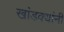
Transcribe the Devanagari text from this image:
खांडक्यांनी